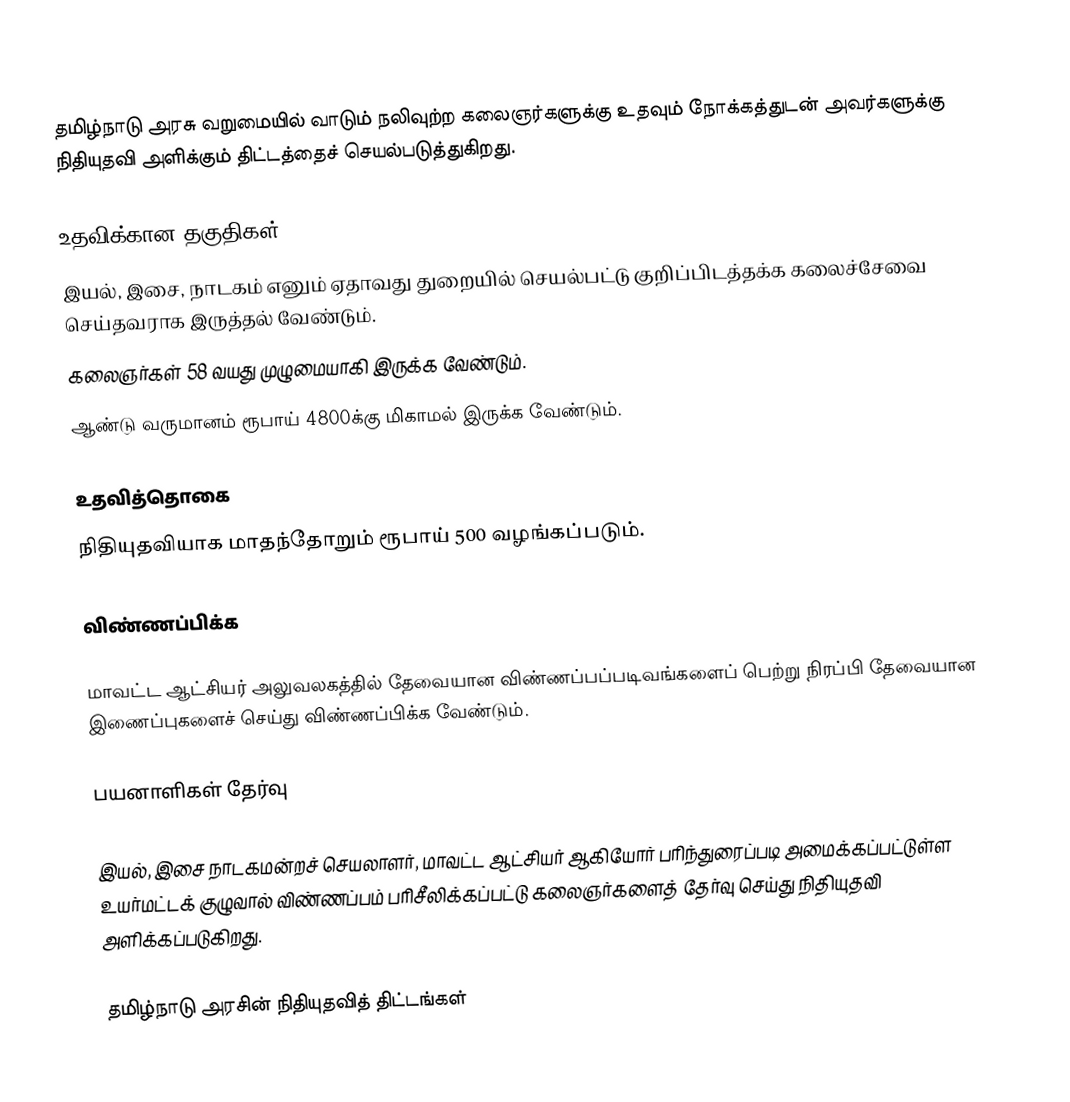
தமிழ்நாடு அரசு வறுமையில் வாடும் நலிவுற்ற கலைஞர்களுக்கு உதவும் நோக்கத்துடன் அவர்களுக்கு நிதியுதவி அளிக்கும் திட்டத்தைச் செயல்படுத்துகிறது.

உதவிக்கான தகுதிகள்
இயல், இசை, நாடகம் எனும் ஏதாவது துறையில் செயல்பட்டு குறிப்பிடத்தக்க கலைச்சேவை செய்தவராக இருத்தல் வேண்டும்.
கலைஞர்கள் 58 வயது முழுமையாகி இருக்க வேண்டும்.
ஆண்டு வருமானம் ரூபாய் 4800க்கு மிகாமல் இருக்க வேண்டும்.

உதவித்தொகை
நிதியுதவியாக மாதந்தோறும் ரூபாய் 500 வழங்கப்படும்.

விண்ணப்பிக்க

மாவட்ட ஆட்சியர் அலுவலகத்தில் தேவையான விண்ணப்பப்படிவங்களைப் பெற்று நிரப்பி தேவையான இணைப்புகளைச் செய்து விண்ணப்பிக்க வேண்டும்.

பயனாளிகள் தேர்வு

இயல், இசை நாடகமன்றச் செயலாளர், மாவட்ட ஆட்சியர் ஆகியோர் பரிந்துரைப்படி அமைக்கப்பட்டுள்ள உயர்மட்டக் குழுவால் விண்ணப்பம் பரிசீலிக்கப்பட்டு கலைஞர்களைத் தேர்வு செய்து நிதியுதவி அளிக்கப்படுகிறது.

தமிழ்நாடு அரசின் நிதியுதவித் திட்டங்கள்